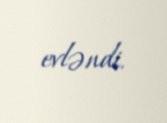
evləndi.